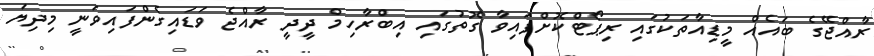
ރާއްޖޭގެ ބައެއް މީޑިއާތަކުގައި ރިޕޯޓްކޮށްފައިވާ ގޮތުގައި އިބްރާހިމް ދީދީ ރާއްޖެ ވަޑައިގެންފައިވަނީ މިދިޔަ